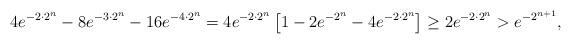
LaTeX: \begin{align*}4e^{-2 \cdot 2^n}-8e^{-3 \cdot 2^n}-16e^{-4\cdot 2^n}=4e^{-2 \cdot 2^n}\left[ 1-2e^{- 2^n} -4e^{-2 \cdot 2^n}\right]\ge 2e^{-2 \cdot 2^n}>e^{-2^{n+1}},\end{align*}